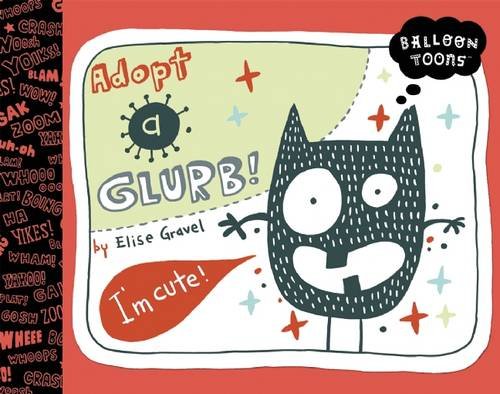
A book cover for Balloon Toons: ADOPT A GLURB; Children's Books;